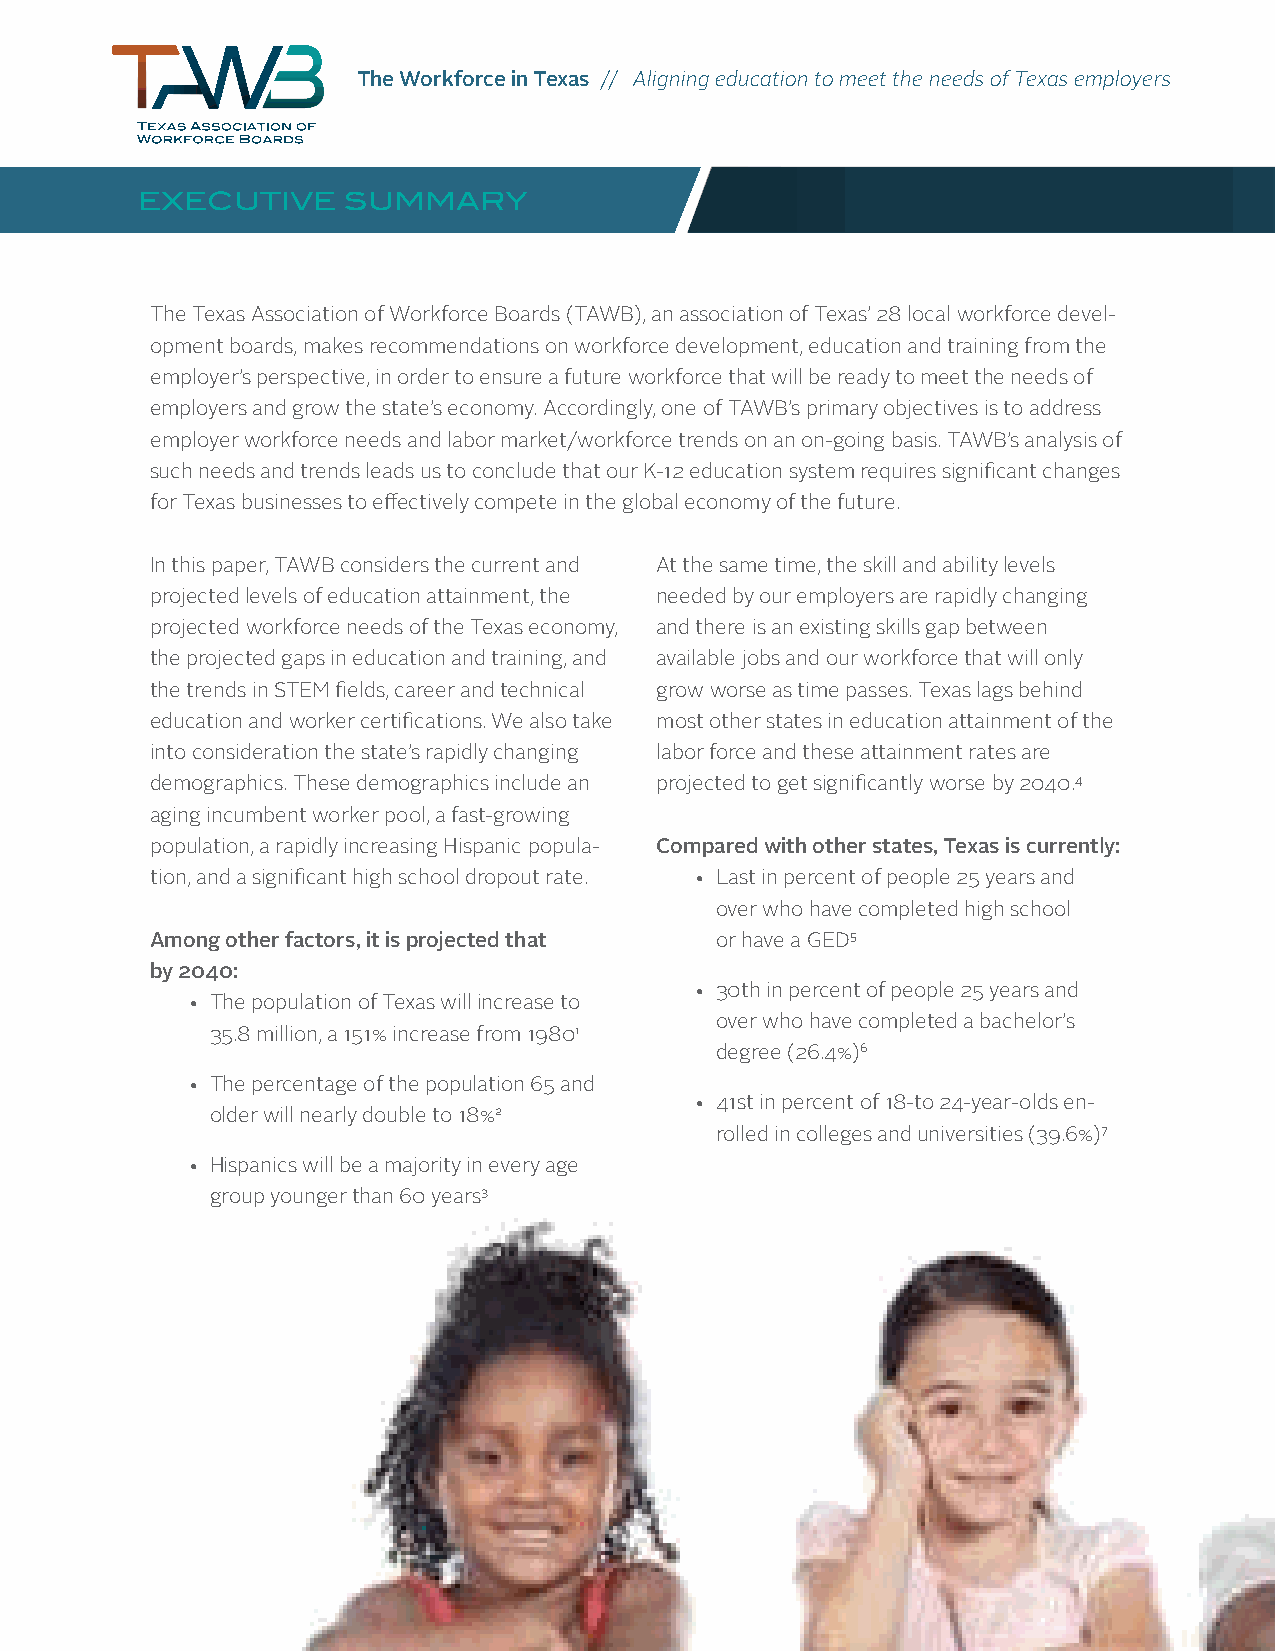
The Workforce in Texas // Aligning education to meet the needs of Texas employers
 EXECUTIVE     SUMMARY
 The Texas Association of Workforce Boards (TAWB), an association of Texas’ 28 local workforce devel-
 opment boards, makes recommendations on workforce development, education and training from the
 employer’s perspective, in order to ensure a future workforce that will be ready to meet the needs of
 employers and grow the state’s economy. Accordingly, one of TAWB’s primary objectives is to address
 employer workforce needs and labor market/workforce trends on an on-going basis. TAWB’s analysis of
 such needs and trends leads us to conclude that our K-12 education system requires significant changes
 for Texas businesses to effectively compete in the global economy of the future.
 In this paper, TAWB considers the current and At the same time, the skill and ability levels
 projected levels of education attainment, the needed by our employers are rapidly changing
 projected workforce needs of the Texas economy, and there is an existing skills gap between
 the projected gaps in education and training, and available jobs and our workforce that will only
 the trends in STEM fields, career and technical grow worse as time passes. Texas lags behind
 education and worker certifications. We also take most other states in education attainment of the
 into consideration the state’s rapidly changing labor force and these attainment rates are
 demographics. These demographics include an projected to get significantly worse by 2040.4
 aging incumbent worker pool, a fast-growing
 population, a rapidly increasing Hispanic popula- Compared with other states, Texas is currently:
 tion, and a significant high school dropout rate. • Last in percent of people 25 years and
 over who have completed high school
 Among other factors, it is projected that or have a GED5
 by 2040:
 • 30th in percent of people 25 years and
 • The population of Texas will increase to
 over who have completed a bachelor’s
 35.8 million, a 151% increase from 19801
 degree (26.4%)6
 • The percentage of the population 65 and
 • 41st in percent of 18-to 24-year-olds en-
 older will nearly double to 18%2
 rolled in colleges and universities (39.6%)7
 • Hispanics will be a majority in every age
 group younger than 60 years3